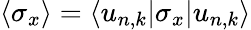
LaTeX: \langle\sigma_{x}\rangle=\langle u_{n,k}|\sigma_{x}|u_{n,k}\rangle